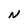
Character: N